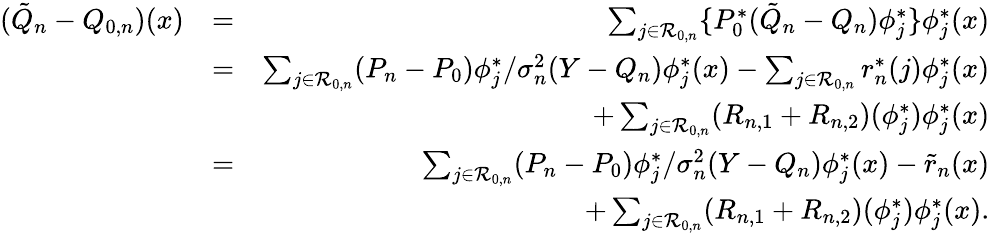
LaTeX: \begin{array}{rlr}{(\tilde{Q}_{n}-Q_{0,n})(x)}&{=}&{\sum_{j\in{\cal R}_{0,n}}\{ P_{0}^{*}(\tilde{Q}_{n}-Q_{n})\phi_{j}^{*}\} \phi_{j}^{*}(x)}\\ &{=}&{\sum_{j\in{\cal R}_{0,n}}(P_{n}-P_{0})\phi_{j}^{*}/\sigma_{n}^{2}(Y-{Q_{n}})\phi_{j}^{*}(x)-\sum_{j\in{\cal R}_{0,n}}r_{n}^{*}(j)\phi_{j}^{*}(x)}\\ &{}&{+\sum_{j\in{\cal R}_{0,n}}(R_{n,1}+R_{n,2})(\phi_{j}^{*})\phi_{j}^{*}(x)}\\ &{=}&{\sum_{j\in{\cal R}_{0,n}}(P_{n}-P_{0})\phi_{j}^{*}/\sigma_{n}^{2}(Y-{Q_{n}})\phi_{j}^{*}(x)-\tilde{r}_{n}(x)}\\ &{}&{+\sum_{j\in{\cal R}_{0,n}}(R_{n,1}+R_{n,2})(\phi_{j}^{*})\phi_{j}^{*}(x).}\end{array}